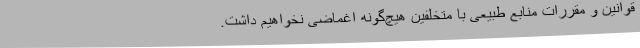
قوانین و مقررات منابع طبیعی با متخلفین هیچ‌گونه اغماضی نخواهیم داشت.